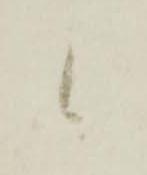
候